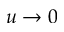
u \to 0